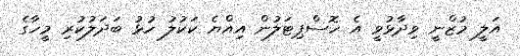
އަލީ މުޒްނީ ވިދާޅުވީ އެ ހޮސްޕިޓަލުން އިއްޔެ ކަކުލު ހުޅު ބަދަލުކުރި މީހާގެ